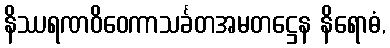
နိဿရဏဝိဝေကာသင်္ခတအမတဋ္ဌေန နိရောဓံ,